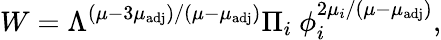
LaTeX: W=\Lambda^{\left(\mu-3\mu_{\mathrm{adj}}\right)/\left(\mu-\mu_{\mathrm{adj}}\right)}\Pi_{i}\ \phi_{i}^{2\mu_{i}/\left(\mu-\mu_{\mathrm{adj}}\right)},